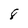
Character: 8